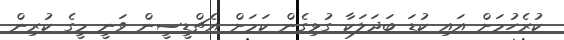
ކުރެހުމަށް އައި ކުޑަ ބަދަލަކާ ގުޅިގެން ކަމަށް އެޗްޑީސީން ވަނީ މީގެ ކުރިން